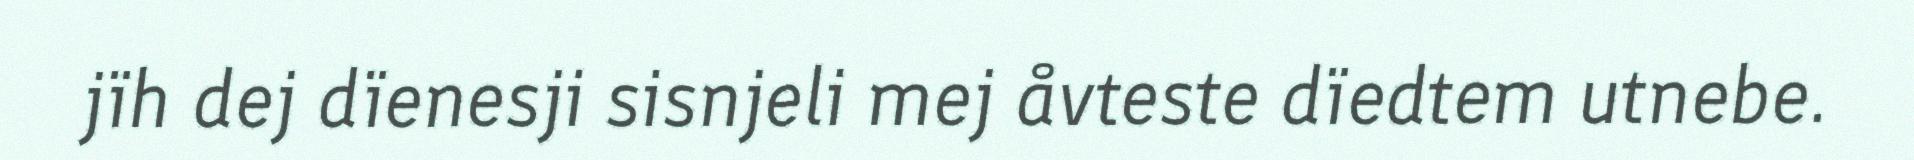
jïh dej dïenesji sisnjeli mej åvteste dïedtem utnebe.